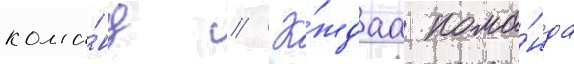
кома́нд // Ка́ждаа кома́нда